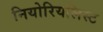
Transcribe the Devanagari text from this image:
नियोरियलिस्ट